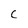
Character: C